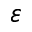
\varepsilon